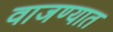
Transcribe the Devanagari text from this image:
वाजण्यात